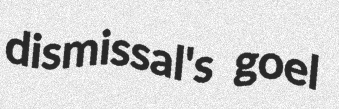
dismissal's goel